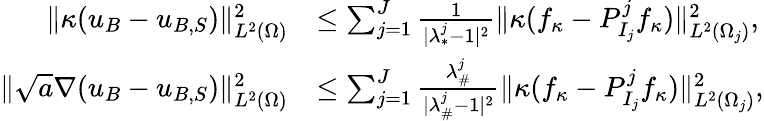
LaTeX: \begin{array}{rl}{\| \kappa(u_{B}-u_{B,S})\| _{L^{2}(\Omega)}^{2}}&{\leq\sum_{j=1}^{J}\frac{1}{|{\lambda_{*}^{j}}-1|^{2}}\| \kappa(f_{\kappa}-P_{I_{j}}^{j}f_{\kappa})\| _{L^{2}(\Omega_{j})}^{2},}\\ {\| \sqrt{a}\nabla(u_{B}-u_{B,S})\| _{L^{2}(\Omega)}^{2}}&{\leq\sum_{j=1}^{J}\frac{\lambda_{\# }^{j}}{|\lambda_{\# }^{j}-1|^{2}}\| \kappa(f_{\kappa}-P_{I_{j}}^{j}f_{\kappa})\| _{L^{2}(\Omega_{j})}^{2},}\end{array}